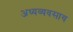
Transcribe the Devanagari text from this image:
अध्यव्यवसाय